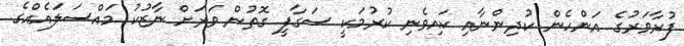
ފުރާވަރުގެ އަންހެން ކުދިންނާއި ކައިވެނި ކުރުމަކީ ސަގާފީ ގޮތުން ވަރަށް ނާޒުކު މައްސަލައެއްގެ